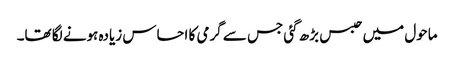
ماحول میں حبس بڑھ گئی جس سے گرمی کا احساس زیادہ ہونے لگا تھا۔